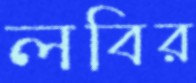
লবির